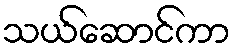
သယ်ဆောင်ကာ